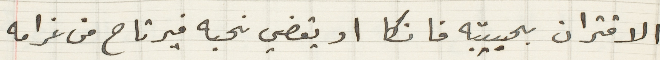
الاقتران بحبيبته فانكا او يقضي نحبه فيرتاح من غرامه